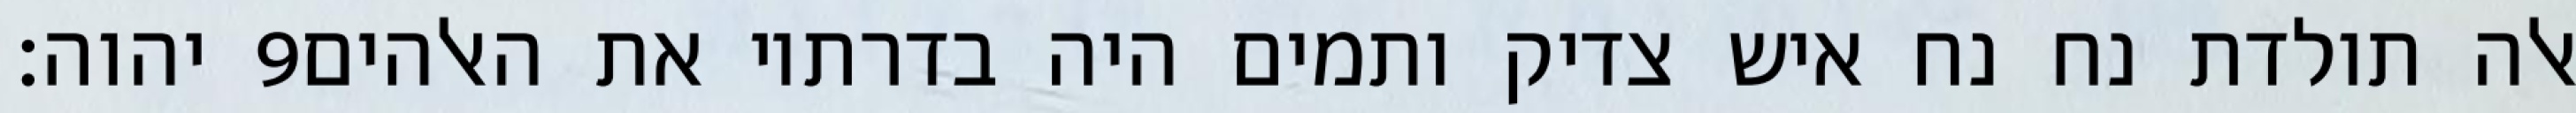
יהוה׃ ‎9‏ אלה תולדת נח נח איש צדיק ותמים היה בדרתיו את האלהים